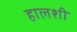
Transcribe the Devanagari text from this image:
हालशी